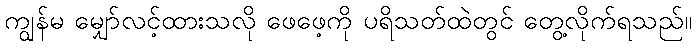
ကျွန်မ မျှော်လင့်ထားသလို ဖေဖေ့ကို ပရိသတ်ထဲတွင် တွေ့လိုက်ရသည်။